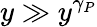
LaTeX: y\gg y^{\gamma_{P}}